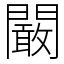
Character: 闞